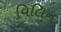
વિલિન